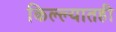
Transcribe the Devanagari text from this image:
किल्ल्यातही